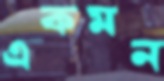
একমন